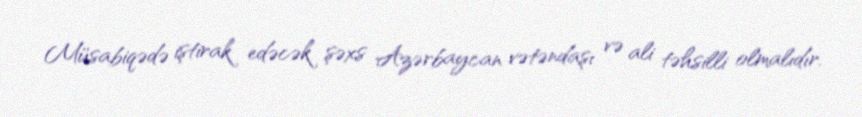
Müsabiqədə iştirak edəcək şəxs Azərbaycan vətəndaşı və ali təhsilli olmalıdır.